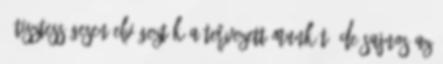
– Tisztességesen elvégeztük a tervezett munkát, de sajnos az